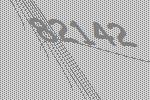
82142